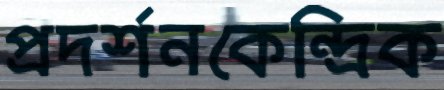
প্রদর্শনকেন্দ্রিক